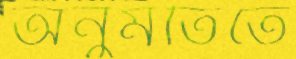
অনুমতিতে